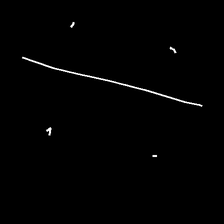
Glyph: cool